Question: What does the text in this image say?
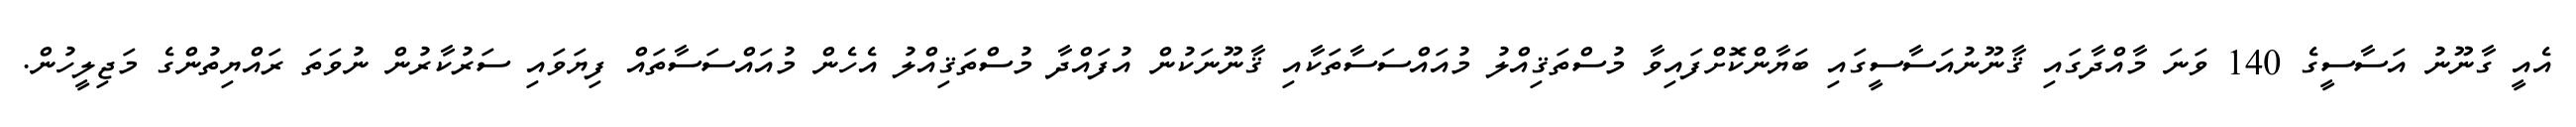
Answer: އެއީ ގާނޫނު އަސާސީގެ 140 ވަނަ މާއްދާގައި ޤާނޫނުއަސާސީގައި ބަޔާންކޮށްފައިވާ މުސްތަޤިއްލު މުއައްސަސާތަކާއި ޤާނޫނަކުން އުފައްދާ މުސްތަޤިއްލު އެހެން މުއައްސަސާތައް ފިޔަވައި ސަރުކާރުން ނުވަތަ ރައްޔިތުންގެ މަޖިލީހުން.